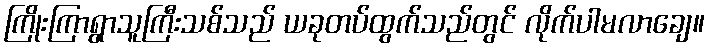
ကြိုးကြာရွာသူကြီးသစ်သည် ယခုတပ်ထွက်သည်တွင် လိုက်ပါမလာချေ။